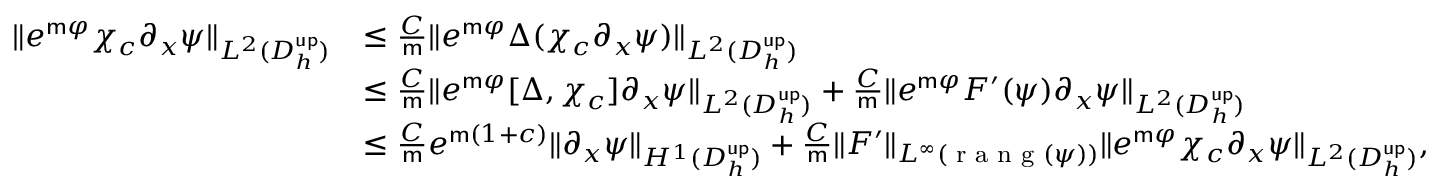
\begin{array} { r l } { \| e ^ { \mathsf { m } \varphi } \chi _ { c } \partial _ { x } \psi \| _ { L ^ { 2 } ( D _ { h } ^ { \mathsf { u p } } ) } } & { \leq \frac { C } { \mathsf { m } } \| e ^ { \mathsf { m } \varphi } \Delta ( \chi _ { c } \partial _ { x } \psi ) \| _ { L ^ { 2 } ( D _ { h } ^ { \mathsf { u p } } ) } } \\ & { \leq \frac { C } { \mathsf { m } } \| e ^ { \mathsf { m } \varphi } [ \Delta , \chi _ { c } ] \partial _ { x } \psi \| _ { L ^ { 2 } ( D _ { h } ^ { \mathsf { u p } } ) } + \frac { C } { \mathsf { m } } \| e ^ { \mathsf { m } \varphi } F ^ { \prime } ( \psi ) \partial _ { x } \psi \| _ { L ^ { 2 } ( D _ { h } ^ { \mathsf { u p } } ) } } \\ & { \leq \frac { C } { \mathsf { m } } e ^ { \mathsf { m } ( 1 + c ) } \| \partial _ { x } \psi \| _ { H ^ { 1 } ( D _ { h } ^ { \mathsf { u p } } ) } + \frac { C } { \mathsf { m } } \| F ^ { \prime } \| _ { L ^ { \infty } ( \textrm { r a n g } ( \psi ) ) } \| e ^ { \mathsf { m } \varphi } \chi _ { c } \partial _ { x } \psi \| _ { L ^ { 2 } ( D _ { h } ^ { \mathsf { u p } } ) } , } \end{array}